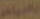
بالياس